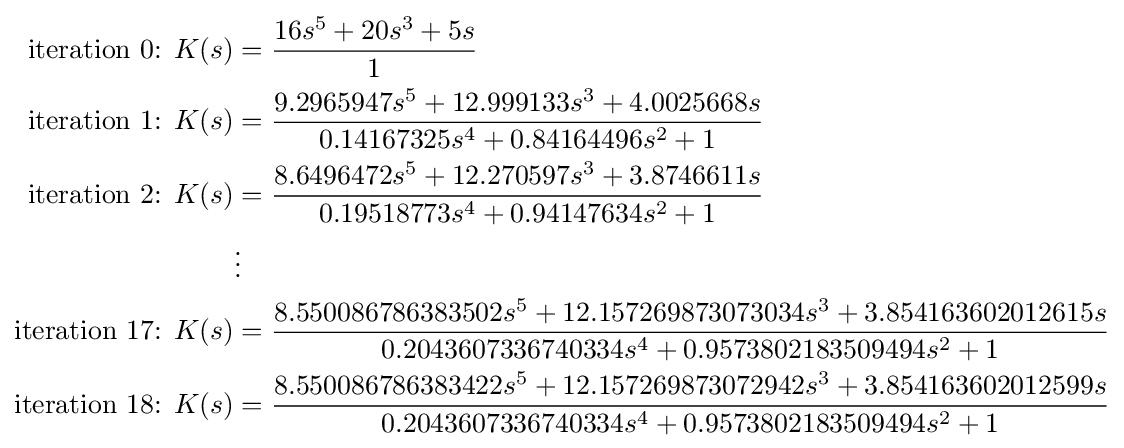
{\begin{aligned}{\text{iteration 0: }}K(s)&={\frac {16s^{5}+20s^{3}+5s}{1}}\\{\text{iteration 1: }}K(s)&={\frac {9.2965947s^{5}+12.999133s^{3}+4.0025668s}{0.14167325s^{4}+0.84164496s^{2}+1}}\\{\text{iteration 2: }}K(s)&={\frac {8.6496472s^{5}+12.270597s^{3}+3.8746611s}{0.19518773s^{4}+0.94147634s^{2}+1}}\\&\vdots \\{\text{iteration 17: }}K(s)&={\frac {8.550086786383502s^{5}+12.157269873073034s^{3}+3.854163602012615s}{0.2043607336740334s^{4}+0.9573802183509494s^{2}+1}}\\{\text{iteration 18: }}K(s)&={\frac {8.550086786383422s^{5}+12.157269873072942s^{3}+3.854163602012599s}{0.2043607336740334s^{4}+0.9573802183509494s^{2}+1}}\\\end{aligned}}